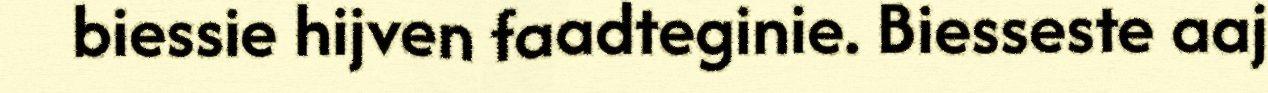
biessie hijven faadteginie. Biesseste aaj